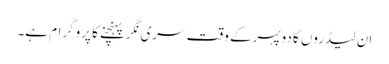
ان لیڈروں کا دوپہرکے وقت سری نگرپہنچنے کا پروگرام ہے۔